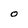
Character: O